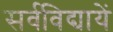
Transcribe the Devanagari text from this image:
सर्वविद्यायें